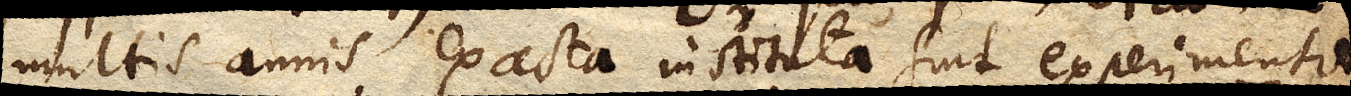
multis annis exacta instituta sint experimenta